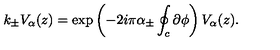
k _ { \pm } V _ { \alpha } ( z ) = \exp \left( - 2 i \pi \alpha _ { \pm } \oint _ { c } \partial \phi \right) V _ { \alpha } ( z ) .